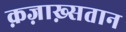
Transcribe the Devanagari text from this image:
क़ज़ाख़्सतान